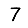
Digit: 7